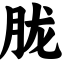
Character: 胧